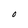
Character: O